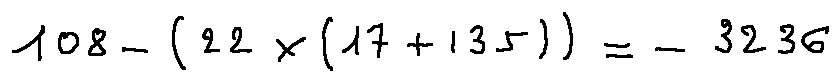
1 0 8 - ( 2 2 \times ( 1 7 + 1 3 5 ) ) = - 3 2 3 6